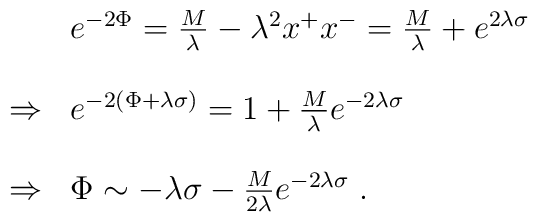
\begin{array}{ll}\ &e^{-2\Phi}={M\over\lambda}-\lambda^2x^+x^-={M\over\lambda}+e^{2\lambda\sigma}\\\\\Rightarrow&e^{-2\left(\Phi+\lambda\sigma\right)}=1+{M\over\lambda}e^{-2\lambda\sigma}\\\\\Rightarrow&\Phi\sim-\lambda\sigma-{M\over{2\lambda}}e^{-2\lambda\sigma}\;.\end{array}